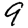
Digit: 9